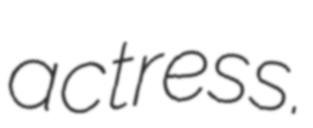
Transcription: actress.